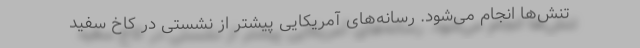
تنش‌ها انجام می‌شود. رسانه‌های آمریکایی پیشتر از نشستی در کاخ سفید